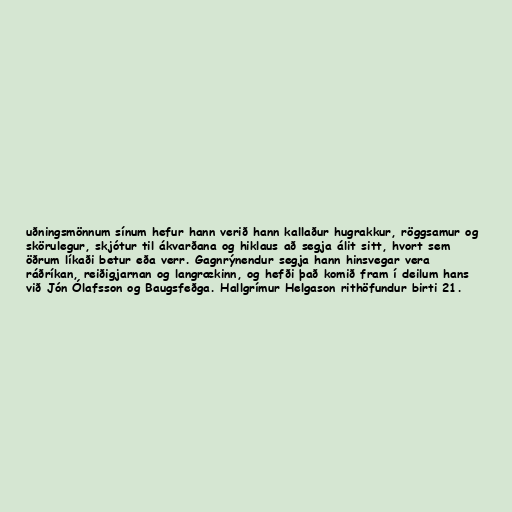
uðningsmönnum sínum hefur hann verið hann kallaður hugrakkur, röggsamur og
skörulegur, skjótur til ákvarðana og hiklaus að segja álit sitt, hvort sem
öðrum líkaði betur eða verr. Gagnrýnendur segja hann hinsvegar vera
ráðríkan, reiðigjarnan og langrækinn, og hefði það komið fram í deilum hans
við Jón Ólafsson og Baugsfeðga. Hallgrímur Helgason rithöfundur birti 21.